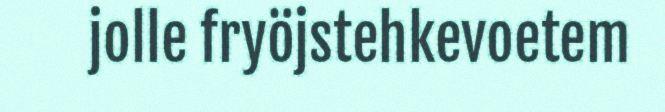
jolle fryöjstehkevoetem